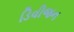
ડિવીજન